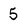
Character: 5